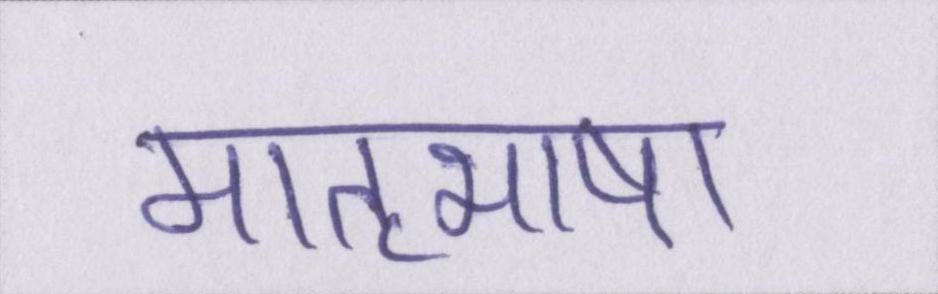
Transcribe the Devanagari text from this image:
मातृभाषा